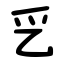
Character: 㐍